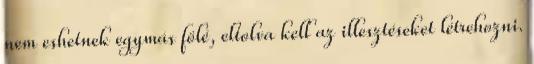
nem eshetnek egymás fölé, eltolva kell az illesztéseket létrehozni.